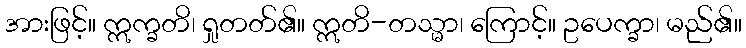
အားဖြင့်။ ဣက္ခတိ၊ ရှုတတ်၏။ ဣတိ-တသ္မာ၊ ကြောင့်။ ဥပေက္ခာ၊ မည်၏။